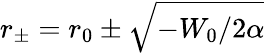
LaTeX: r_{\pm}=r_{0}\pm\sqrt{-W_{0}/2\alpha}